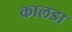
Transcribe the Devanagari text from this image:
कालडा